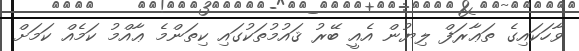
ވާހަކައިގެ ތަޢާރަފް ލިޔުން އެއީ ބޭރު ޤައުމުތަކުގައި ކިތަންމެ ޢާއްމު ކަމެއް ކަމަށް